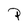
Character: P